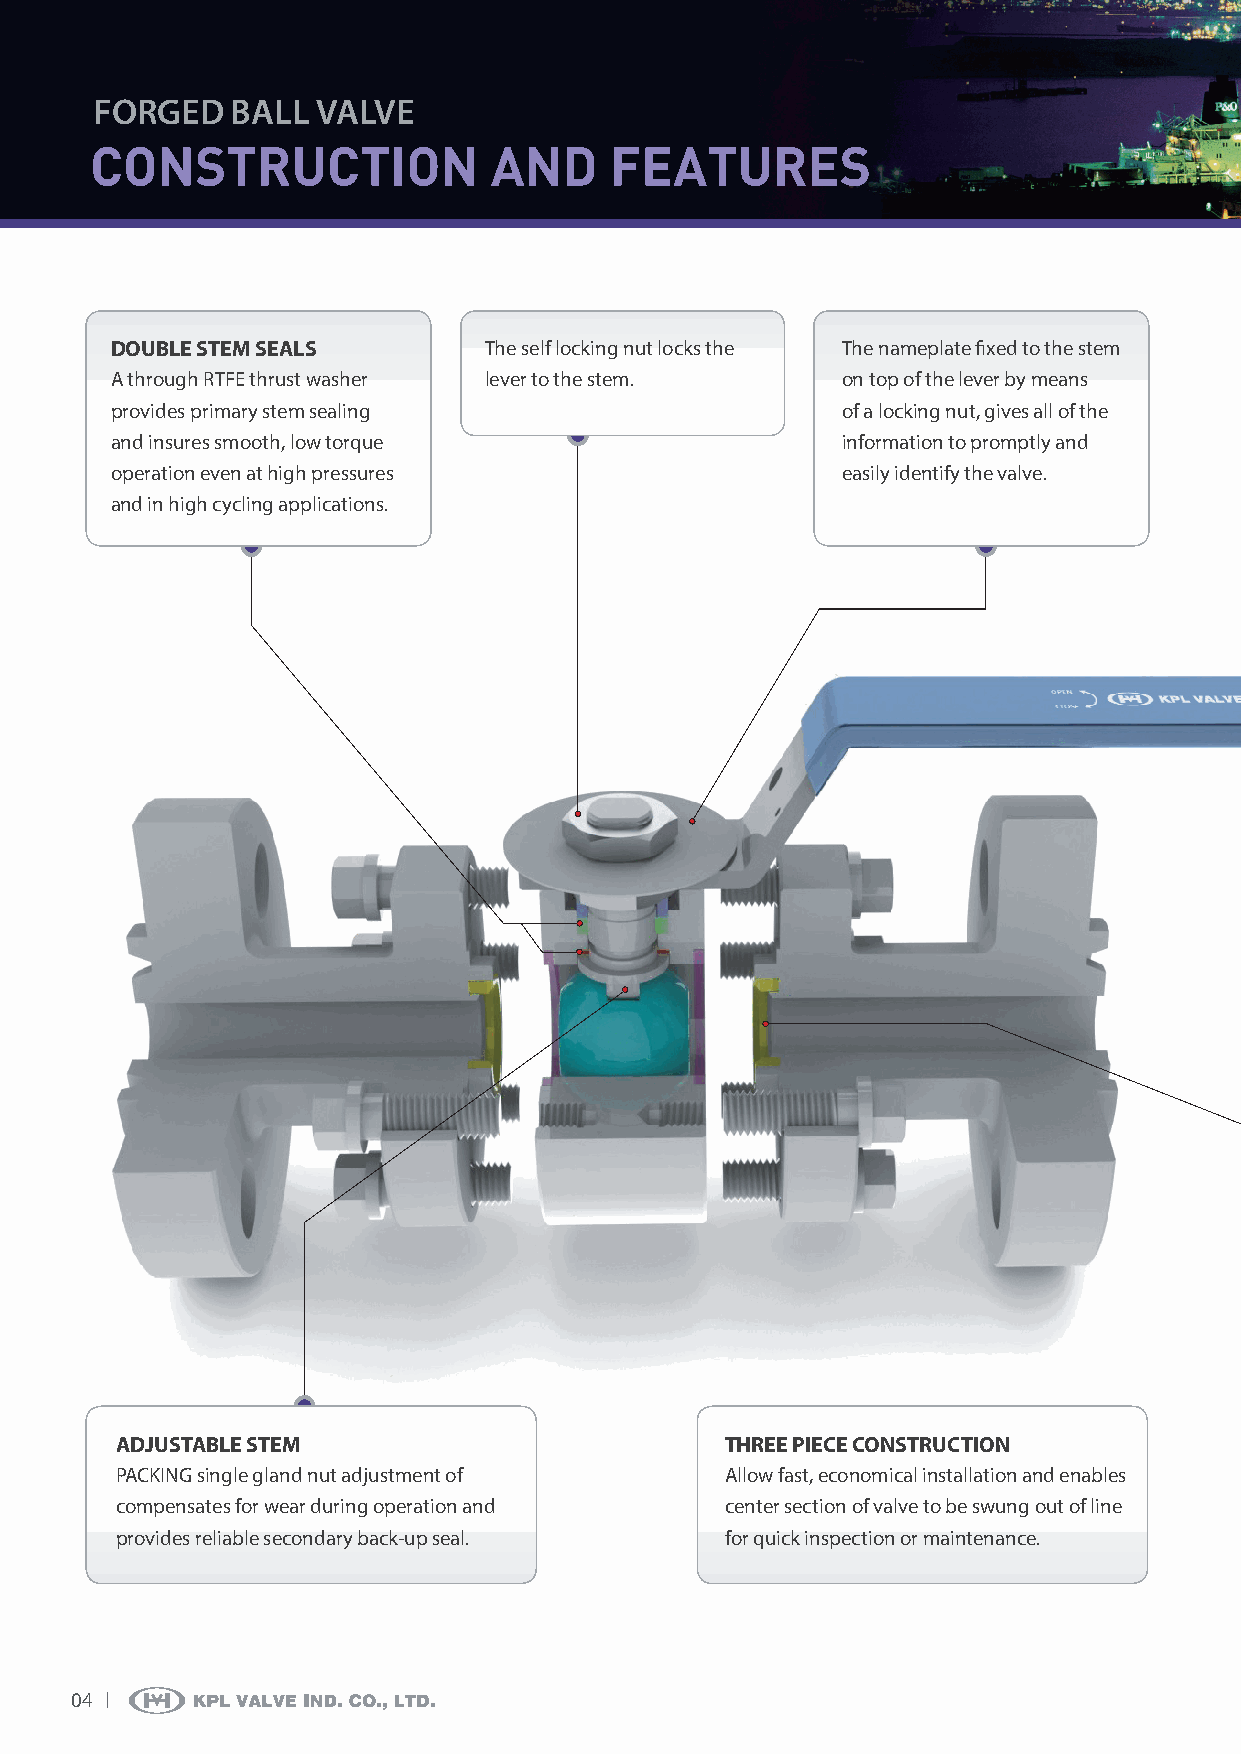
ForGEd   BALL  VALVE
 CONSTRUCTION              AND     FEATURES
 DOUBLE STEM SEALS        The self locking nut locks the The nameplate fixed to the stem
 A through RTFE thrust washer lever to the stem.  on top of the lever by means
 provides primary stem sealing                    of a locking nut, gives all of the
 and insures smooth, low torque                   information to promptly and
 operation even at high pressures                 easily identify the valve.
 and in high cycling applications.
 ADJUSTABLE STEM                         THREE PIECE CONSTRUCTION
 PACKING single gland nut adjustment of  Allow fast, economical installation and enables
 compensates for wear during operation and center section of valve to be swung out of line
 provides reliable secondary back-up seal. for quick inspection or maintenance.
 04